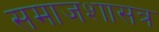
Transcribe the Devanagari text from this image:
समाजशासत्र